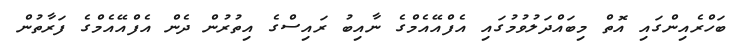
ބަހްރެއިންގައި އޮތް މިބައްދަލުވުމުގައި އެފްއޭއެމްގެ ނާއިބު ރައިސްގެ އިތުރުން ދެން އެފްއޭއެމްގެ ފަރާތުން